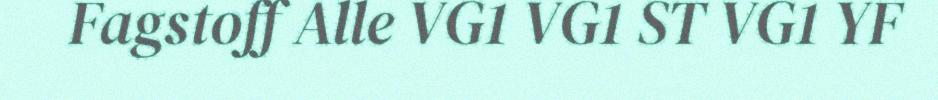
Fagstoff Alle VG1 VG1 ST VG1 YF